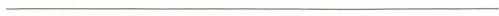
_________________________